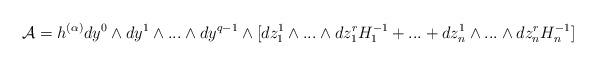
LaTeX: \begin{align*}{\cal A} =h^{(\alpha)}dy^{0}\wedge dy^{1}\wedge ...\wedge dy^{q-1}\wedge[dz^{1}_{1}\wedge ...\wedge dz^{r}_{1}H^{-1}_{1}+...+dz^{1}_{n}\wedge ...\wedge dz^{r}_{n}H^{-1}_{n}] \end{align*}